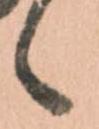
候